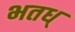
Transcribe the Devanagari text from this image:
भतध्